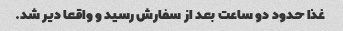
غذا حدود دو ساعت بعد از سفارش رسید و واقعا دیر شد.